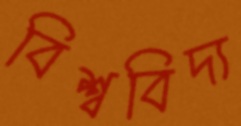
বিশ্ববিদ্য